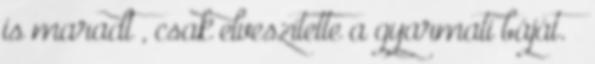
is maradt , csak elveszítette a gyarmati báját. „